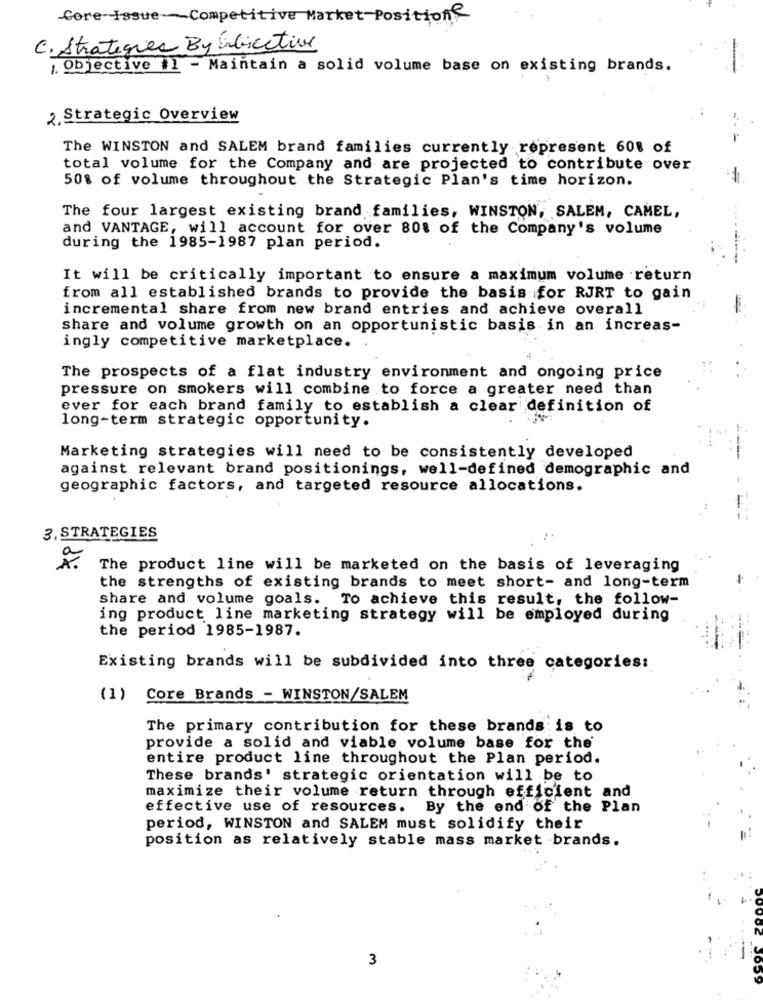
Core Issue-Competitive Market-Position
C. Strategies By Endiective
Objective il - Maintain a solid volume base on existing brands.
¿. Strategic Overview
The WINSTON and SALEM brand families currently represent 60% of
total volume for the Company and are projected to contribute over
50% of volume throughout the Strategic Plan's time horizon.
The four largest existing brand families, WINSTON, SALEM, CAMEL,
and VANTAGE, will account for over 80% of the Company's volume
during the 1985-1987 plan period.
It will be critically important to ensure a maximum volume return
from all established brands to provide the basis for RJRT to gain
incremental share from new brand entries and achieve overall
share and volume growth on an opportunistic basis in an increas-
ingly competitive marketplace.
The prospects of a flat industry environment and ongoing price
pressure on smokers will combine to force a greater need than
ever for each brand family to establish a clear definition of
long-term strategic opportunity.
Marketing strategies will need to be consistently developed
against relevant brand positionings, well-defined demographic and
geographic factors, and targeted resource allocations.
3. STRATEGIES
The product line will be marketed on the basis of leveraging
the strengths of existing brands to meet short- and long-term
share and volume goals. To achieve this result, the follow-
ing product line marketing strategy will be employed during
the period 1985-1987.
Existing brands will be subdivided into three categories:
(1) Core Brands - WINSTON/SALEM
The primary contribution for these brands is to
provide a solid and viable volume base for the'
entire product line throughout the Plan period.
These brands' strategic orientation will be to
maximize their volume return through efficient and
effective use of resources. By the end of the Plan
period, WINSTON and SALEM must solidify their
position as relatively stable mass market -brands.
3